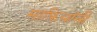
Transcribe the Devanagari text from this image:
माफ़ियांनी